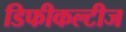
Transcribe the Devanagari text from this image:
डिफीकल्टीज